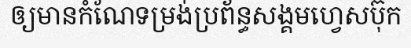
ឲ្យមានកំណែទម្រង់ប្រព័ន្ធសង្គមហ្វេសប៊ុក